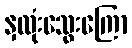
နှလုံးသွေးကြော